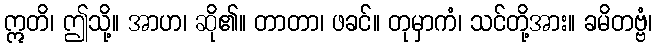
ဣတိ၊ ဤသို့။ အာဟ၊ ဆို၏။ တာတာ၊ ဖခင်။ တုမှာကံ၊ သင်တို့အား။ ခမိတဗ္ဗံ၊